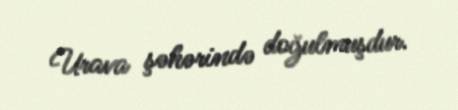
Urava şəhərində doğulmuşdur.